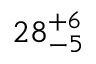
2 8 _ { - 5 } ^ { + 6 }